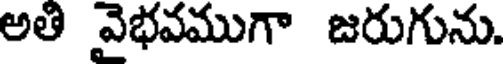
అతి వైభవముగా జరుగును.